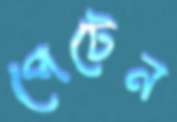
পেটেন